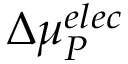
\Delta { \mu } _ { P } ^ { e l e c }